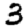
Digit: 3